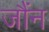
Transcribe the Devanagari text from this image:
जौंन